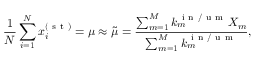
\frac { 1 } { N } \sum _ { i = 1 } ^ { N } x _ { i } ^ { ( \mathrm { ~ s ~ t ~ } ) } = \mu \approx \widetilde { \mu } = \frac { \sum _ { m = 1 } ^ { M } k _ { m } ^ { \mathrm { ~ i ~ n ~ / ~ u ~ m ~ } } X _ { m } } { \sum _ { m = 1 } ^ { M } k _ { m } ^ { \mathrm { ~ i ~ n ~ / ~ u ~ m ~ } } } ,